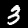
Digit: 3